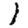
Digit: 1